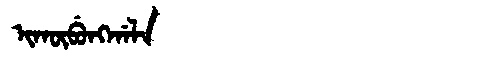
Manchu: ᡳᡴᡡᠪᡠᠩᡤᠠᠯᠠ
Romanization: IKŪBUNGGALA